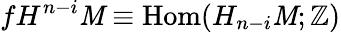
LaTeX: fH^{n-i}\mathit{M}\equiv\mathrm{{Hom}}(H_{n-i}\mathit{M};\mathbb{{Z}})